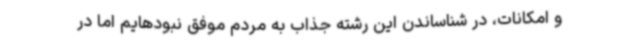
و امکانات، در شناساندن این رشته جذاب به مردم موفق نبودهایم اما در